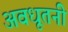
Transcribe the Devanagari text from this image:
अवधूतनी